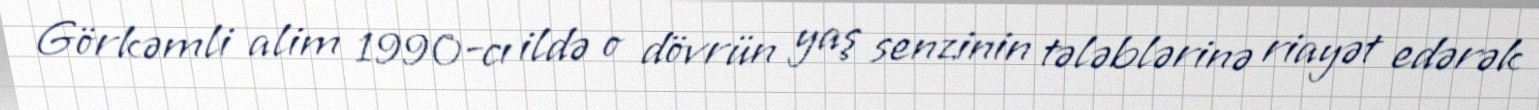
Görkəmli alim 1990-cı ildə o dövrün yaş senzinin tələblərinə riayət edərək